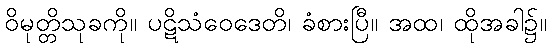
ဝိမုတ္တိသုခကို။ ပဋိသံဝေဒေတိ၊ ခံစားပြီ။ အထ၊ ထိုအခါ၌။